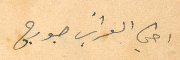
اخي العزيز جورج